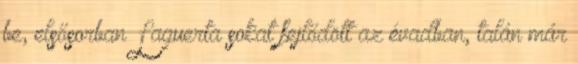
be, elsősorban Laguerta sokat fejlődött az évadban, talán már